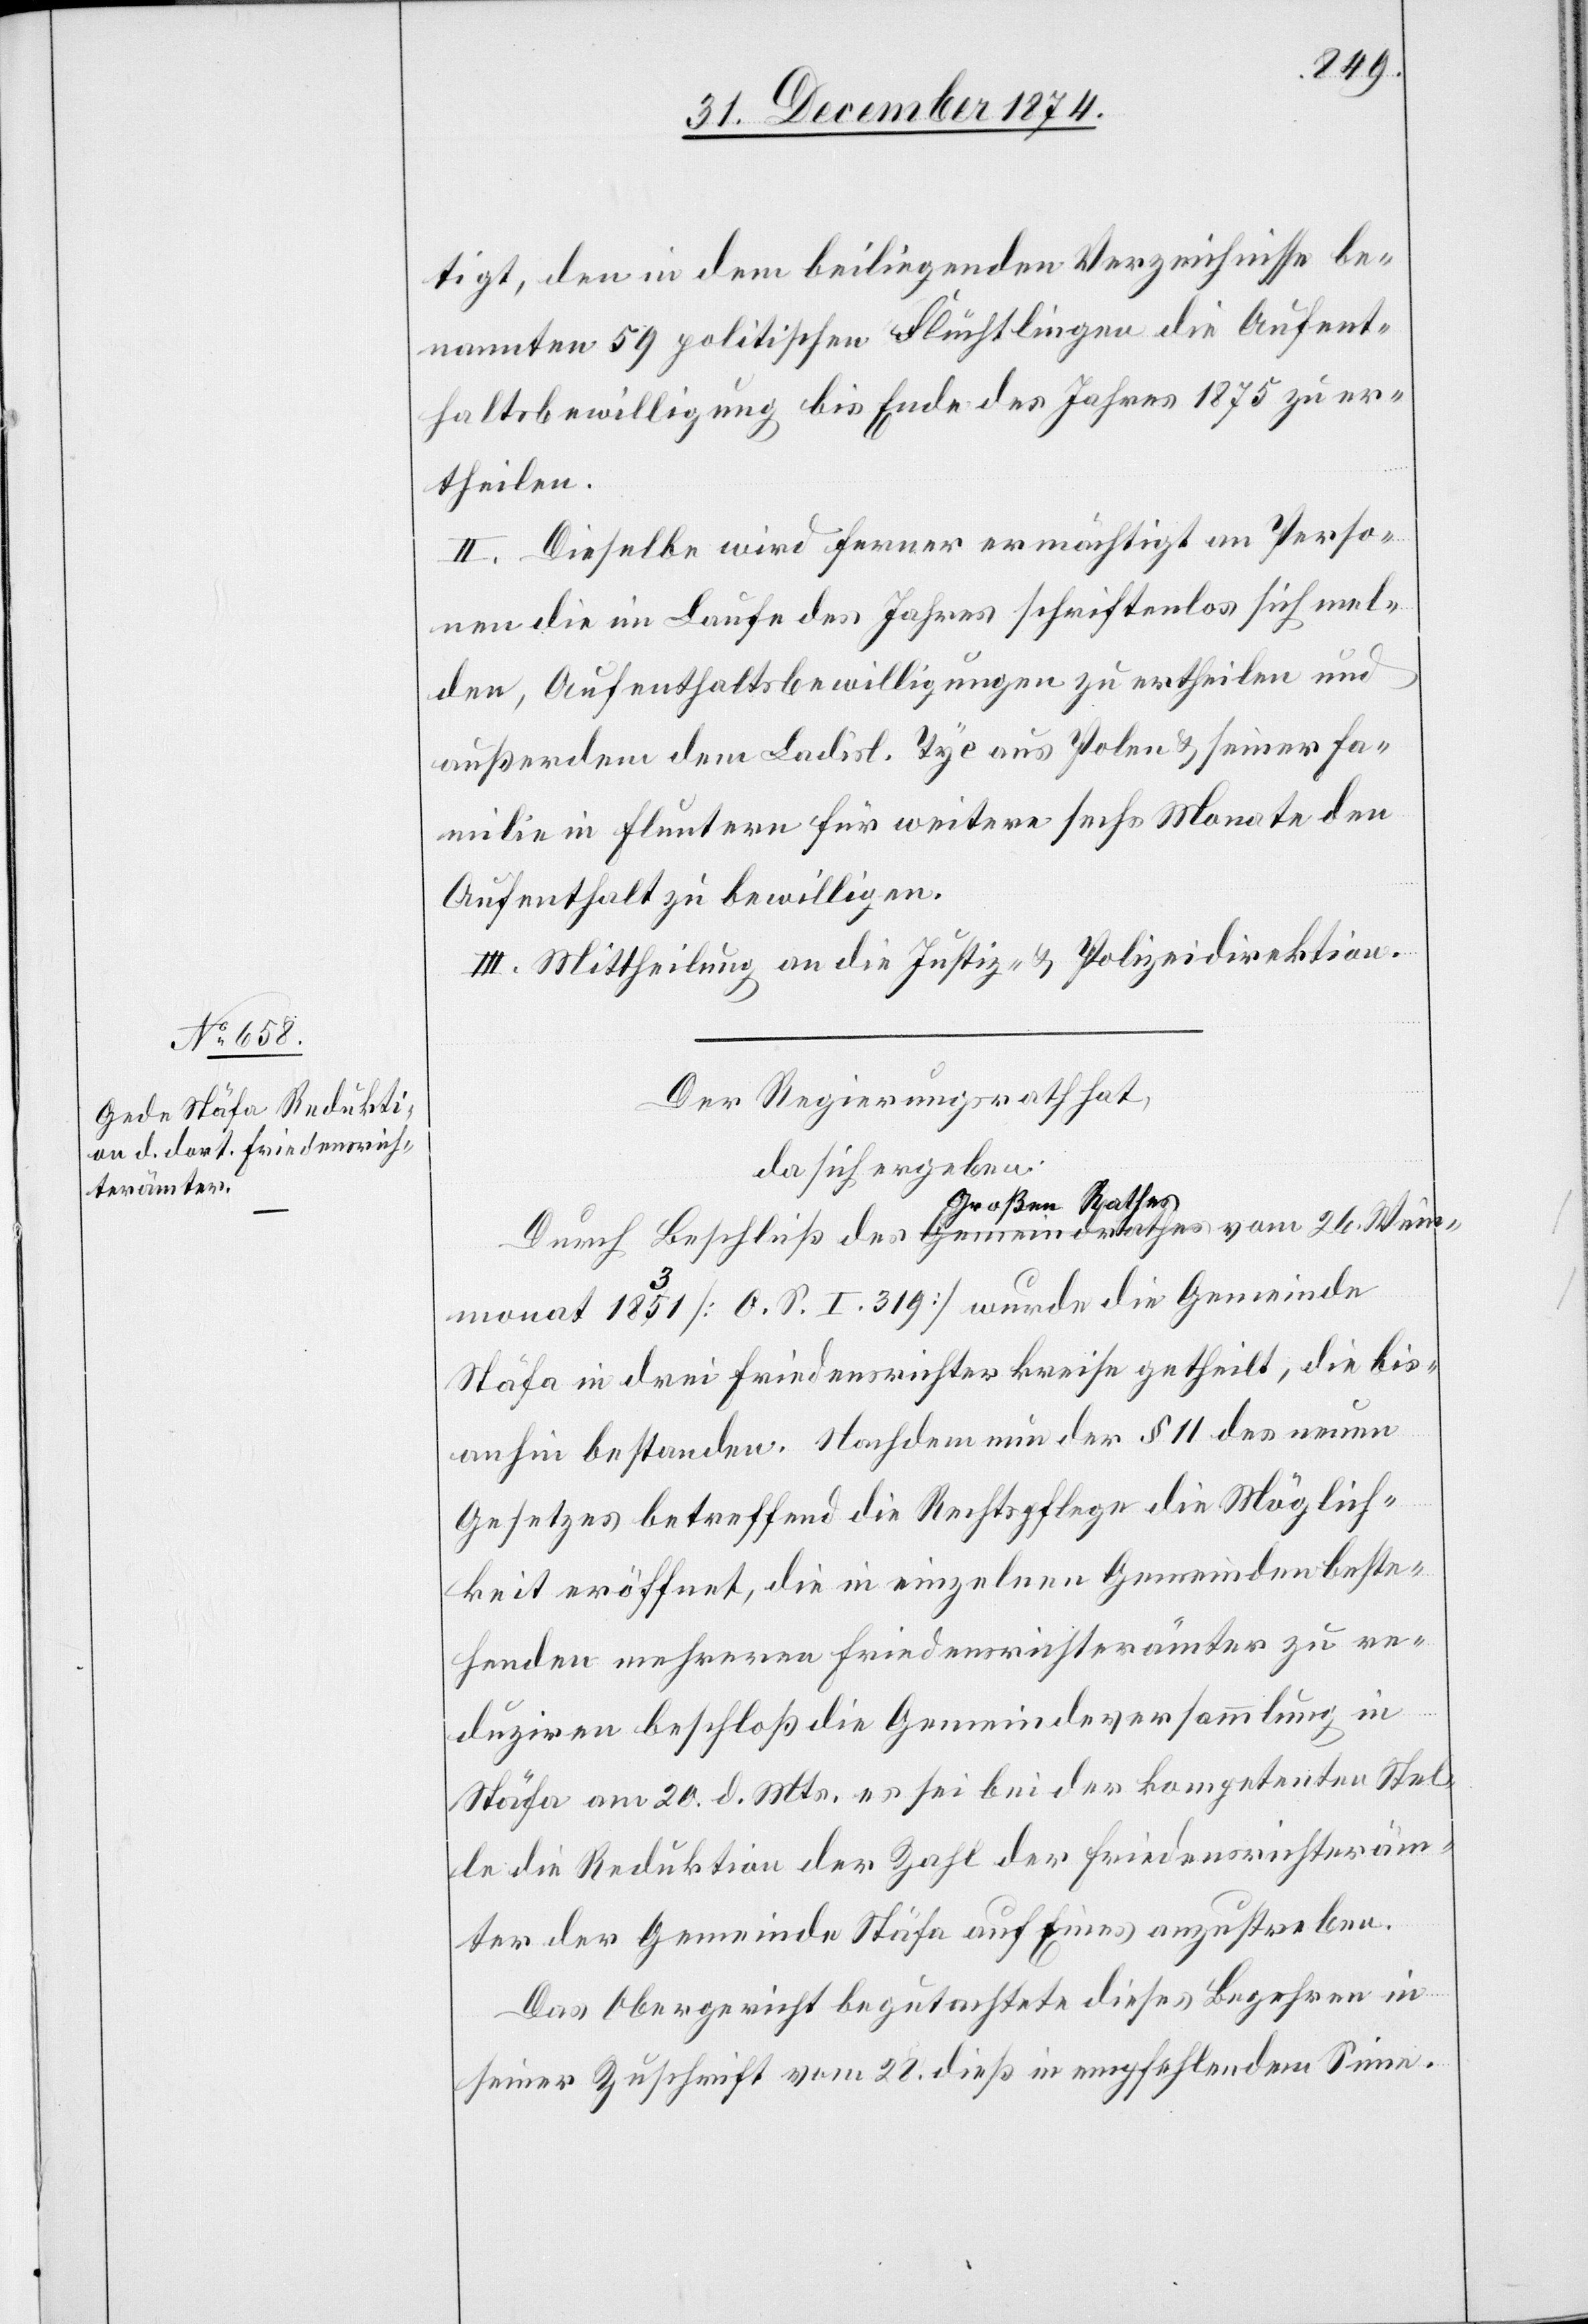
Winter¬
tigt, den in dem beiliegenden Verzeichnisse be¬
nannten 59 politischen Flüchtlingen die Aufent¬
haltsbewilligung bis Ende des Jahres 1875 zu er¬
theilen.
II. Dieselbe wird ferner ermächtigt an Perso¬
nen die im Laufe des Jahres schriftenlos sich mel¬
den, Aufenthaltsbewilligungen zu ertheilen und
außerdem dem Ladisl. Tyc aus Polen & seiner Fa¬
milie in Fluntern für weitere sechs Monate den
Aufenthalt zu bewilligen.
III. Mittheilung an die Justiz- & Polizeidirektion.
Der Regierungsrath hat,
da sich ergeben:
Durch Beschluß des a-Gemeindrathes Großen
monat 1831 [O. S. I. 319] wurde die Gemeinde
Stäfa in drei Friedensrichterkreise getheilt, die bis¬
anhin bestanden. Nachdem nun der § 11 des neuen
Gesetzes betreffend die Rechtspflege die Möglich¬
keit eröffnet, die in einzelnen Gemeinden beste¬
henden mehreren Friedensrichterämter zu re¬
duziren[,] beschloß die Gemeindeversammlung in
Stäfa am 20. d. Mts. es sei bei der kompetenten Stel¬
le die Reduktion der Zahl der Friedensrichteräm¬
ter der Gemeinde Stäfa auf Eines anzustreben.
Das Obergericht begutachtete dieses Begehren in
seiner Zuschrift vom 28. dieß in empfehlendem Sinne.